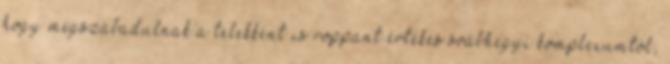
hogy megszabadulnak a telekként is roppant értékes svábhegyi komplexumtól,